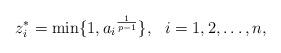
LaTeX: \begin{align*}z_i^* = \min\{1,{a_i}^{\frac{1}{p-1}}\}, \,\,\,\, i=1, 2, \ldots, n, \end{align*}